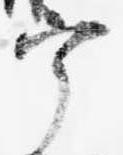
宰